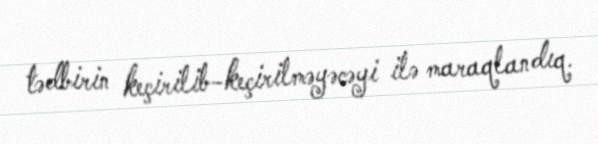
tədbirin keçirilib-keçirilməyəcəyi ilə maraqlandıq.